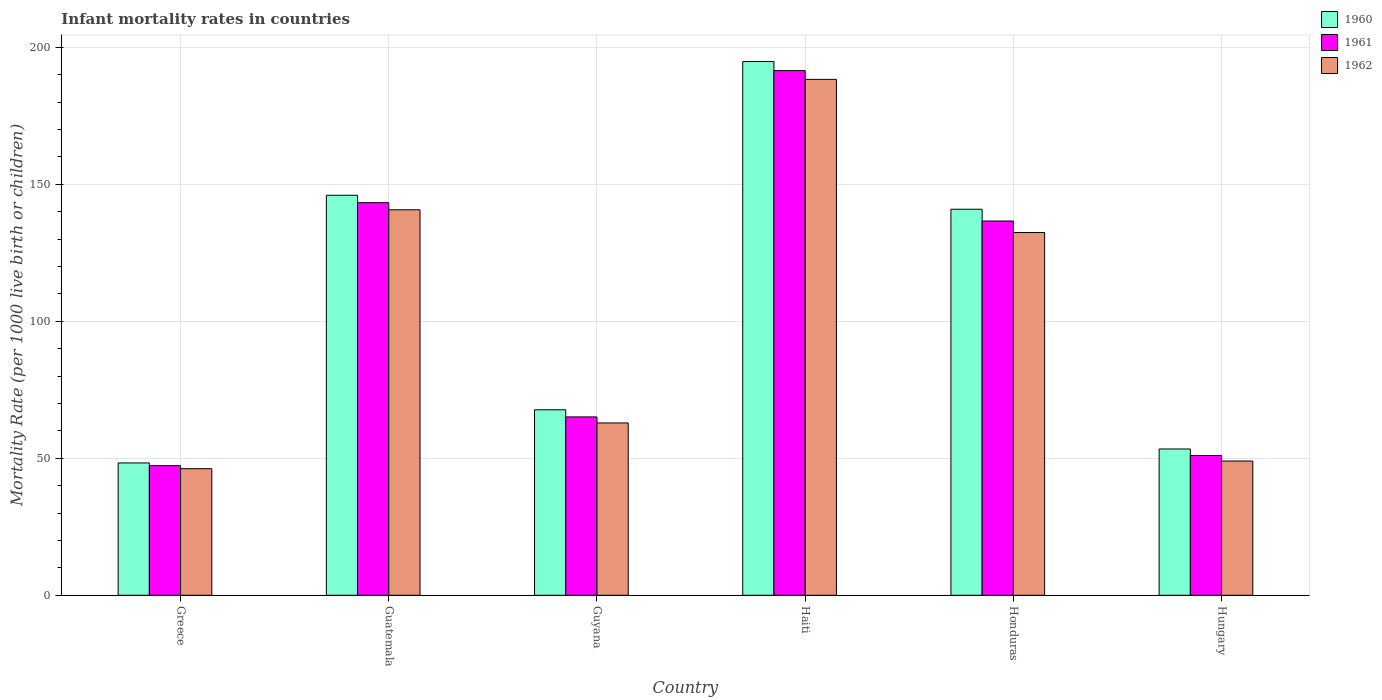
| Country | 1960 | 1961 | 1962 |
 | --- | --- | --- | --- |
 | Greece | 48.3 | 47.3 | 46.2 |
 | Guatemala | 146 | 143 | 141 |
 | Guyana | 67.7 | 65.1 | 62.9 |
 | Haiti | 195 | 192 | 188 |
 | Honduras | 141 | 137 | 132 |
 | Hungary | 53.4 | 51 | 49 |